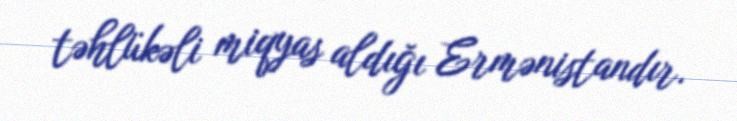
təhlükəli miqyas aldığı Ermənistandır.